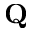
\mathbf { Q }